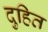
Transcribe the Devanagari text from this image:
दुहित